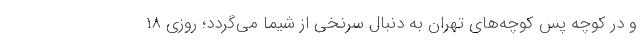
و در کوچه پس کوچه‌های تهران به دنبال سرنخی از شیما می‌گردد؛ روزی ۱۸